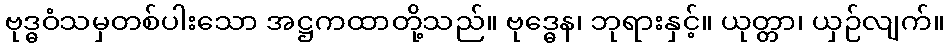
ဗုဒ္ဓဝံသမှတစ်ပါးသော အဋ္ဌကထာတို့သည်။ ဗုဒ္ဓေန၊ ဘုရားနှင့်။ ယုတ္တာ၊ ယှဉ်လျက်။